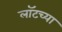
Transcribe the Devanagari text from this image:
लॉटच्या